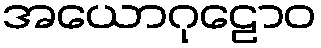
အယောဂုဠောဝ